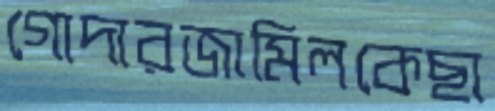
গোদারজামিলকেছা